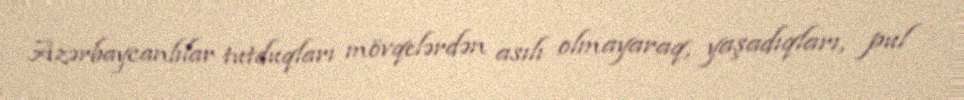
Azərbaycanlılar tutduqları mövqelərdən asılı olmayaraq, yaşadıqları, pul